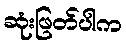
ဆုံးဖြတ်ပါက